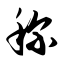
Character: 称